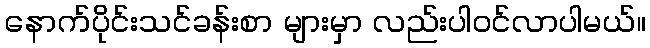
နောက်ပိုင်းသင်ခန်းစာ များမှာ လည်းပါဝင်လာပါမယ်။